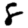
Digit: 8